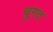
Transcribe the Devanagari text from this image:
चुगद